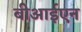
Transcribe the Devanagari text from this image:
बीआईएन